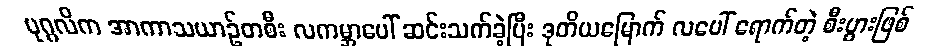
ပုဂ္ဂလိက အာကာသယာဉ်တစီး လကမ္ဘာပေါ် ဆင်းသက်ခဲ့ပြီး ဒုတိယမြောက် လပေါ် ရောက်တဲ့ စီးပွားဖြစ်